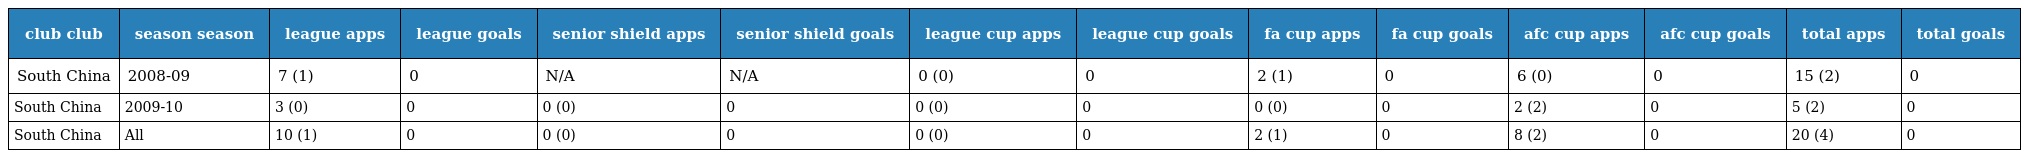
| club club | season season | league apps | league goals | senior shield apps | senior shield goals | league cup apps | league cup goals | fa cup apps | fa cup goals | afc cup apps | afc cup goals | total apps | total goals |
 | --- | --- | --- | --- | --- | --- | --- | --- | --- | --- | --- | --- | --- | --- |
 | South China | 2008-09 | 7 (1) | 0 | N/A | N/A | 0 (0) | 0 | 2 (1) | 0 | 6 (0) | 0 | 15 (2) | 0 |
 | South China | 2009-10 | 3 (0) | 0 | 0 (0) | 0 | 0 (0) | 0 | 0 (0) | 0 | 2 (2) | 0 | 5 (2) | 0 |
 | South China | All | 10 (1) | 0 | 0 (0) | 0 | 0 (0) | 0 | 2 (1) | 0 | 8 (2) | 0 | 20 (4) | 0 |